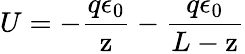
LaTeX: U=-\frac{q\epsilon_{0}}{\mathrm{z}}-\frac{q\epsilon_{0}}{L-\mathrm{z}}